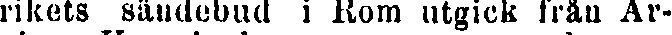
rikets sändebud i Rom utgick från Ar-